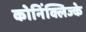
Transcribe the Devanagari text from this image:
कोनिंक्लिज्के